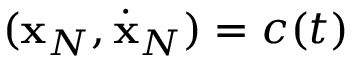
( { \bf x } _ { N } , \dot { \bf x } _ { N } ) = c ( t )